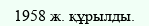
1958 ж. құрылды.